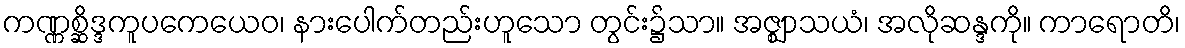
ကဏ္ဏစ္ဆိဒ္ဒကူပကေယေဝ၊ နားပေါက်တည်းဟူသော တွင်း၌သာ။ အဇ္ဈာသယံ၊ အလိုဆန္ဒကို။ ကာရောတိ၊